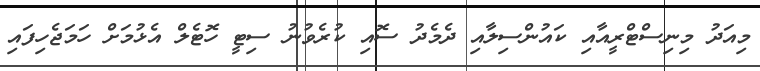
މިއަދު މިނިސްޓްރީއާއި ކައުންސިލާއި ދެމެދު ސޮއި ކުރެވުނު ސިޓީ ހޮޓެލް އެޅުމަށް ހަމަޖެހިފައި